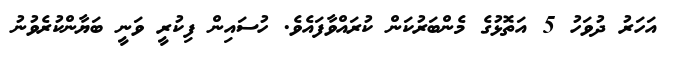
އަހަރު ދުވަހު 5 އަތޮޅުގެ މެންބަރުކަން ކުރައްވާފައެވެ. ހުސައިން ފިކުރީ ވަނީ ބަޔާންކުރެވުނު